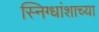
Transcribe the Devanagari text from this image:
स्निग्धांशाच्या